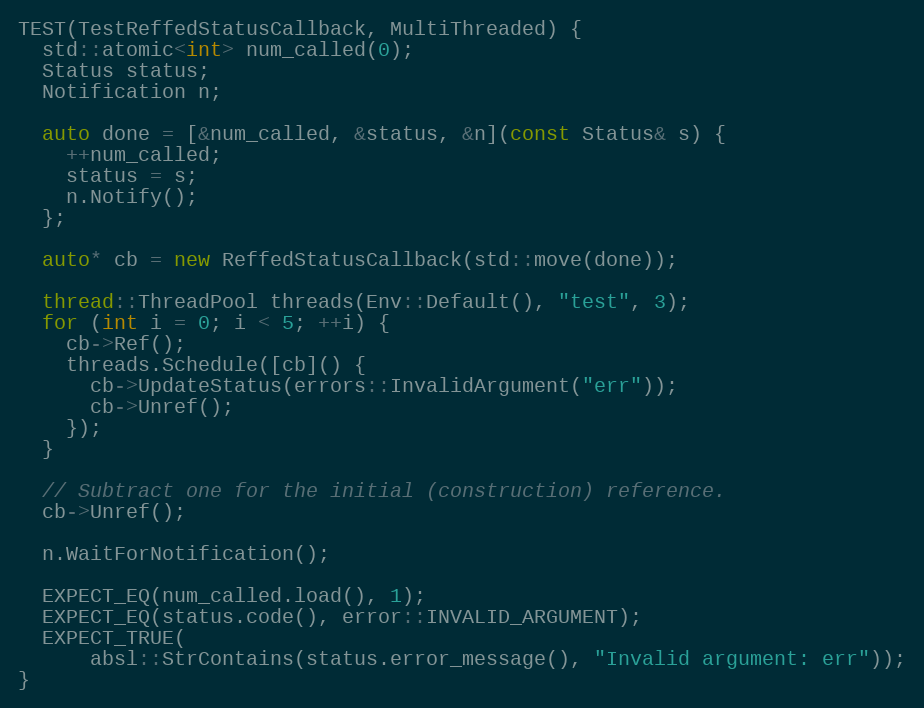
Language: C++
TEST(TestReffedStatusCallback, MultiThreaded) {
  std::atomic<int> num_called(0);
  Status status;
  Notification n;

  auto done = [&num_called, &status, &n](const Status& s) {
    ++num_called;
    status = s;
    n.Notify();
  };

  auto* cb = new ReffedStatusCallback(std::move(done));

  thread::ThreadPool threads(Env::Default(), "test", 3);
  for (int i = 0; i < 5; ++i) {
    cb->Ref();
    threads.Schedule([cb]() {
      cb->UpdateStatus(errors::InvalidArgument("err"));
      cb->Unref();
    });
  }

  // Subtract one for the initial (construction) reference.
  cb->Unref();

  n.WaitForNotification();

  EXPECT_EQ(num_called.load(), 1);
  EXPECT_EQ(status.code(), error::INVALID_ARGUMENT);
  EXPECT_TRUE(
      absl::StrContains(status.error_message(), "Invalid argument: err"));
}